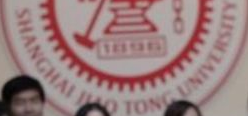
SHANGHAI JIAO TONG UNIVERSITY